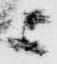
ニ